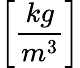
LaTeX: \bigg[\frac{kg}{m^{3}}\bigg]